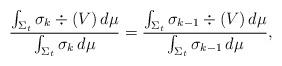
LaTeX: \begin{align*}\frac{\int_{\Sigma_t} \sigma_k \div(V)\,d\mu}{\int_{\Sigma_t}\sigma_k\,d\mu} = \frac{\int_{\Sigma_t} \sigma_{k-1} \div(V)\,d\mu}{\int_{\Sigma_t}\sigma_{k-1}\,d\mu},\end{align*}